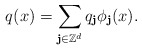
\begin{align*}q(x)=\sum_{\textbf{j}\in\mathbb{Z}^d}q_\textbf{j}\phi_\textbf{j}(x).\end{align*}